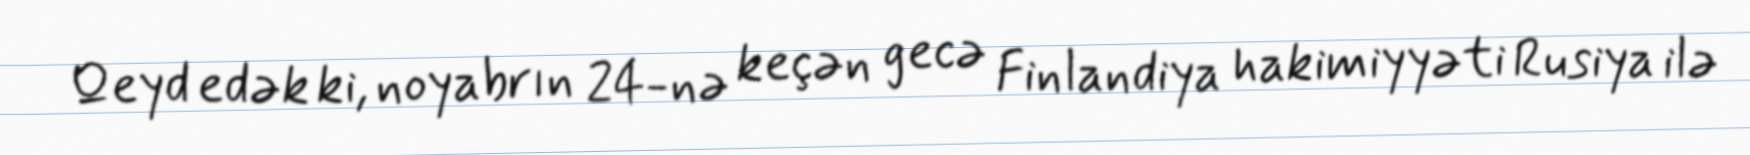
Qeyd edək ki, noyabrın 24-nə keçən gecə Finlandiya hakimiyyəti Rusiya ilə